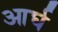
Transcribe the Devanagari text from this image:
आर्घ